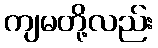
ကျမတို့လည်း